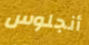
أنجلوس